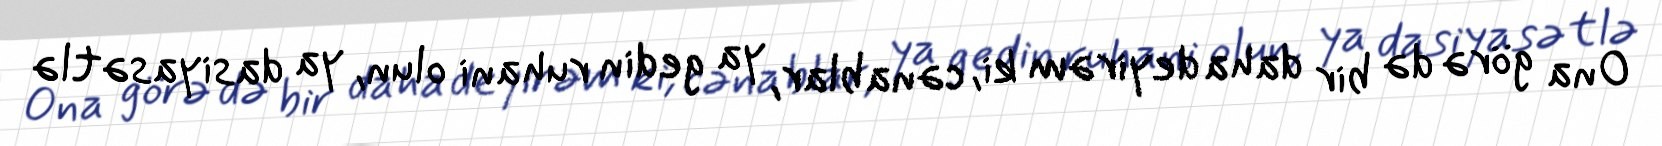
Ona görə də bir daha deyirəm ki, cənablar, ya gedin ruhani olun, ya dasiyasətlə